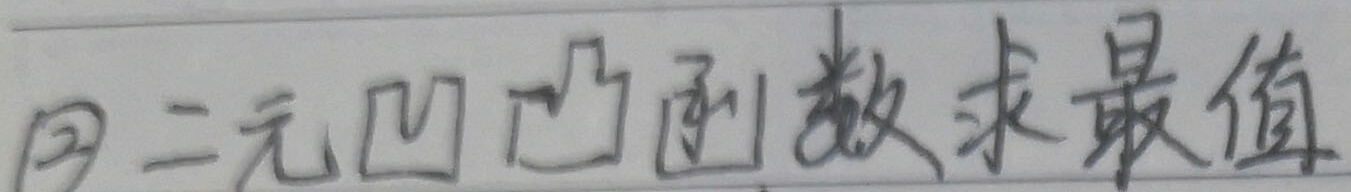
用二元凹凸函数求最值